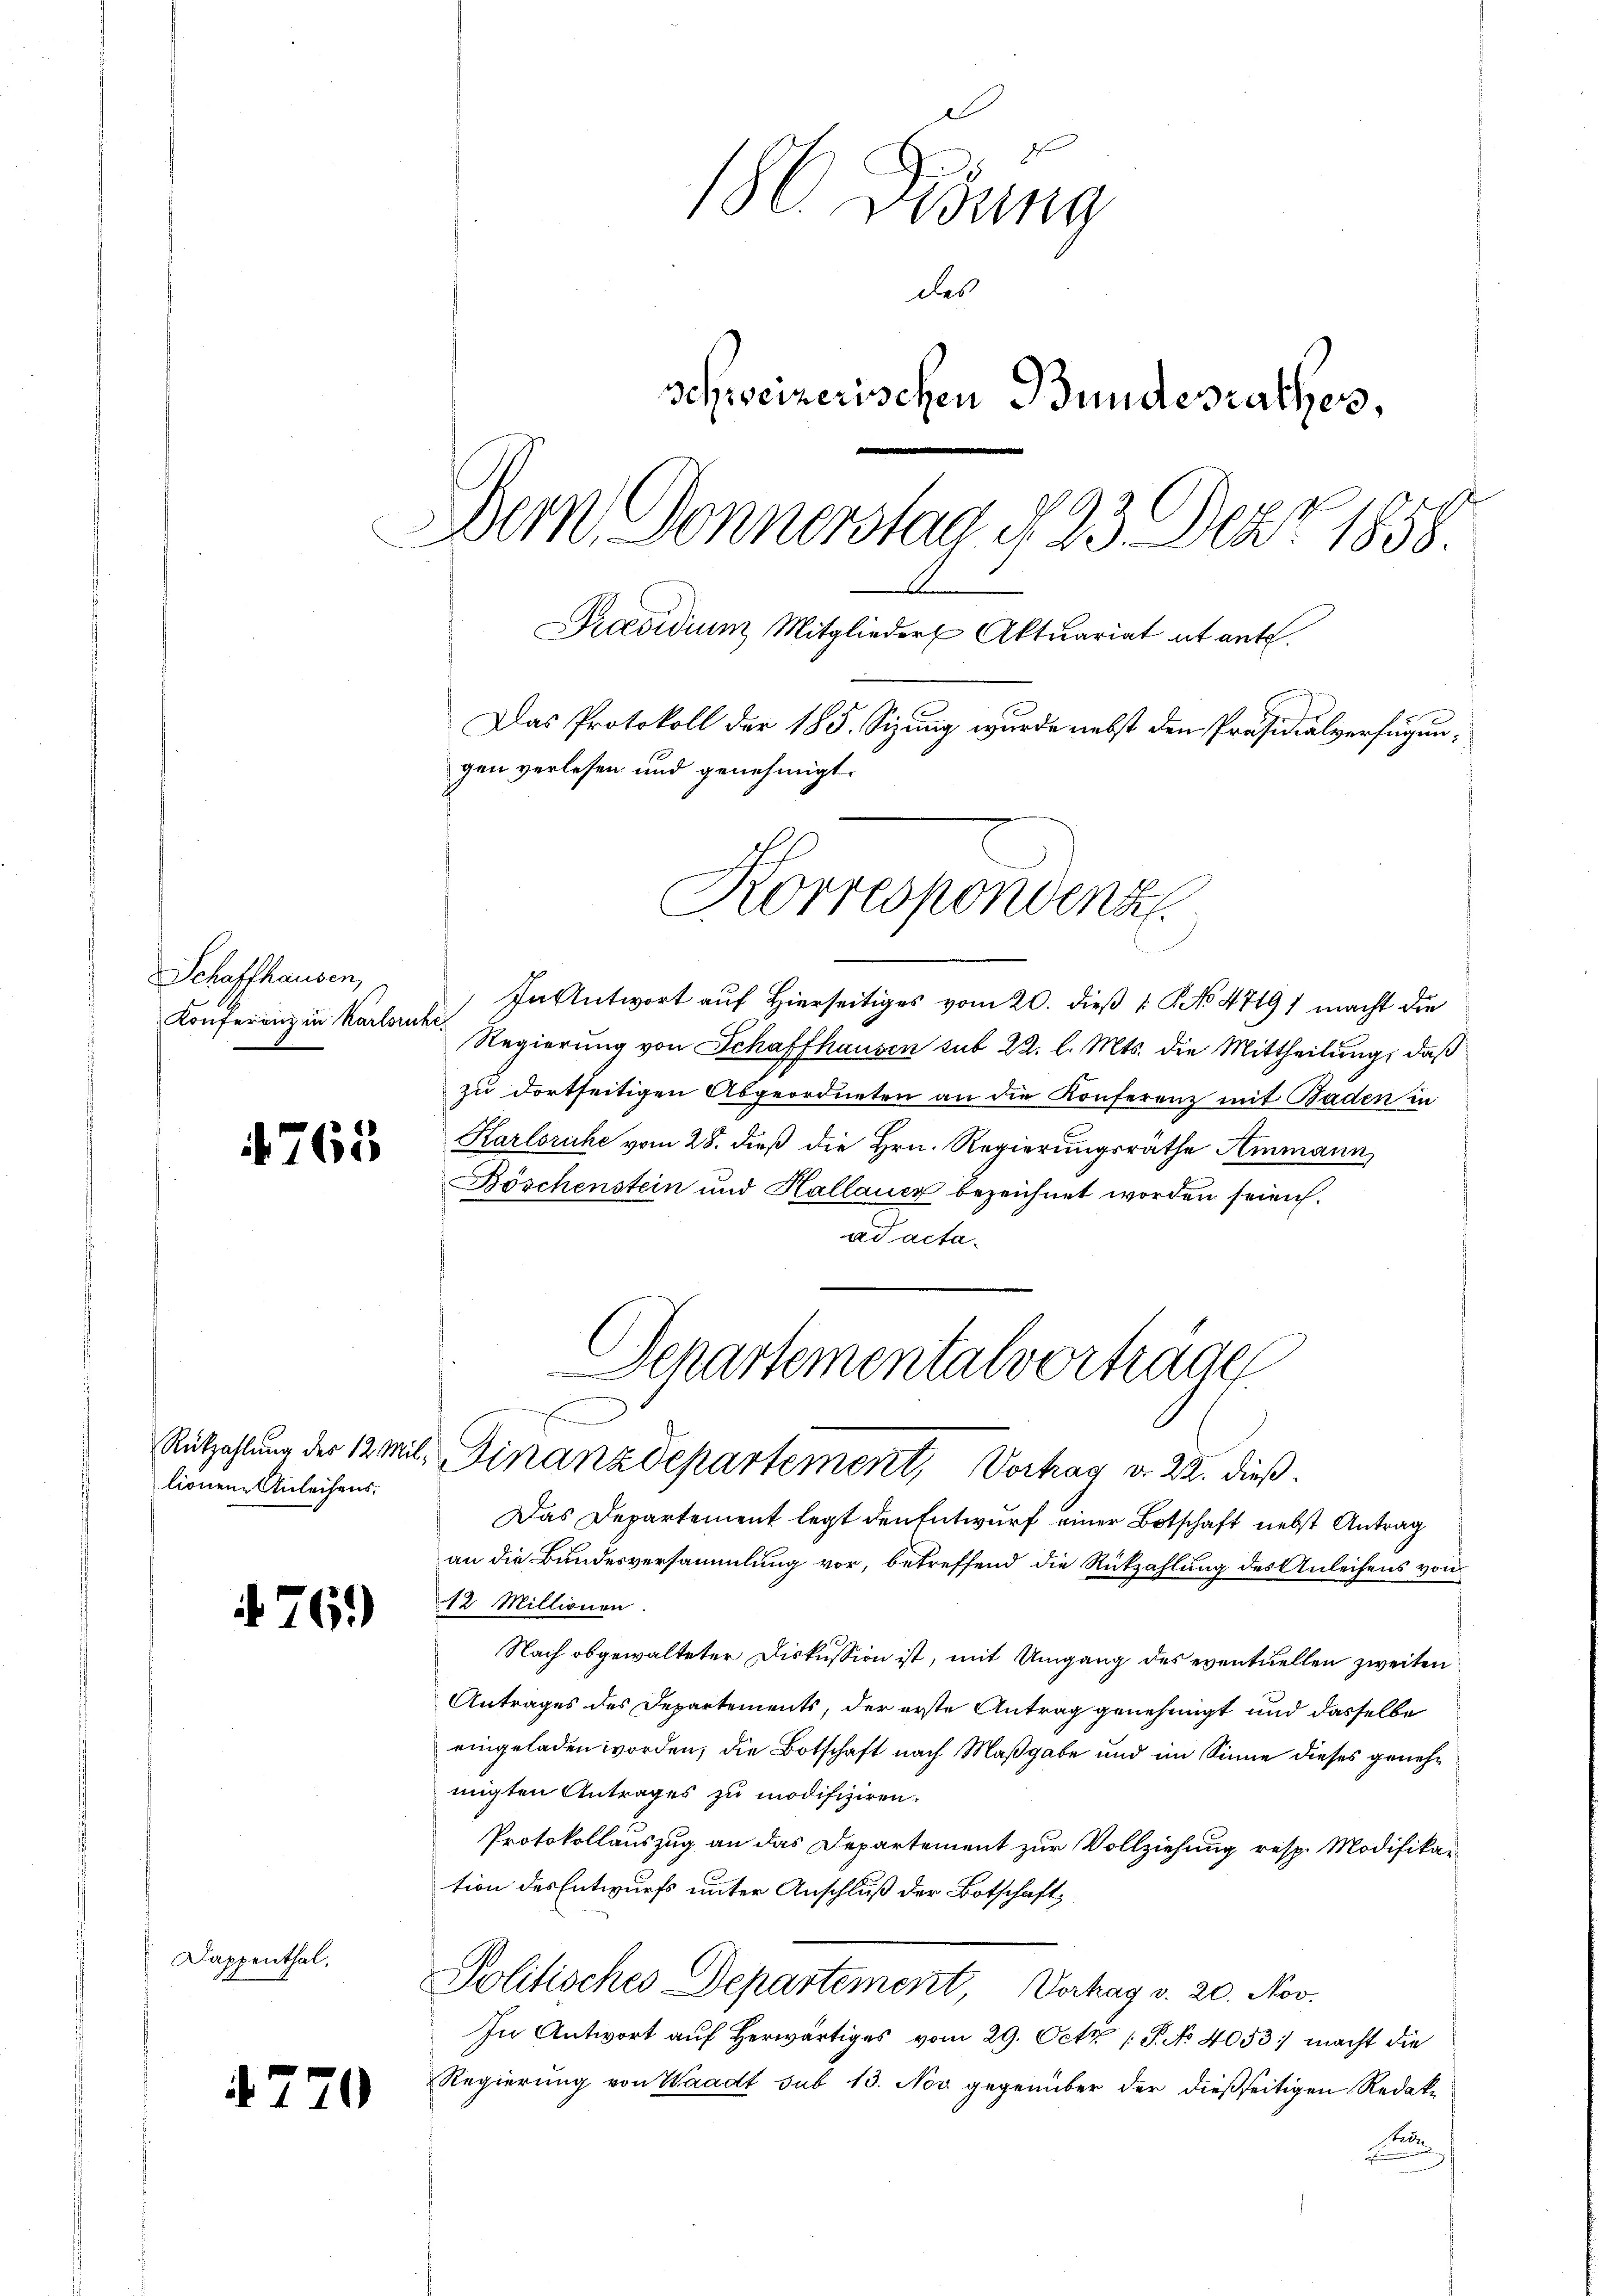
Schaffhausen,
Konferenz in Karlsruhe.

765

lionene Anleihens.

Dappenthal.

476.

4270

186 Dedung
des
schweizerischen Bundesrathes,
e
Dern Donnerstag § 23. Dez. 1858.
Praesidium Mitglieder Aktuariat et ant.
Das Protokoll der 185. Sizung wurde nebst den Präsidialverfügungen verlesen und genehmigt.

In Antwort auf Hierseitiges vom 20. dieß [No 4719) macht die
Regierung von Schaffhausen sub 22. l. Mts. die Mittheilung, daß
zu dortseitigen Abgeordneten an die Konferenz mit Baden in
Karlsruhe vom 28. dieß die Hrn. Regierungsräthe Ammann
Böschenstein und Hallauer bezeichnet worden seien.
ad acta.
Das Departement legt den Entwurf einer Botschaft nebst Antrag
an die Bundesversammlung vor, betreffend die Rückzahlung des Anleihens von
12. Millionen.
Nach obgewalteter Diskussion ist, mit Umgang des eventuellen zweiten
Antrages des Departements, der erste Antrag genehmigt und dasselbe
eingeladen worden, die Botschaft nach Maßgabe und im Sinne dieses genehmigten Antrages zu modifiziren.
Protokollauszug an das Departement zur Vollziehung resp. Modifikation des Entwurfs unter Anschluß der Botschaft,
Politisches Departement, Vorhag v. 20. Nov.
In Antwort auf herwärtiges vom 29. Octz [P. No 4053: macht die
Regierung von Waadt sub 13. Nov gegenüber der dießseitigen Redak-
ede

Korrespondenz

Separtementalverträge
E
7
Rützahlung der 12 Mil. Finanzdepartement, Vortrag v. 22. dieß.